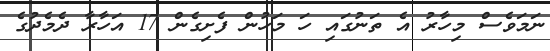
ނަމަވެސް މިހާރު އެ ތަނުގައި ހަ މަހުން ފެށިގެން 17 އަހާރާ ދެމެދުގެ